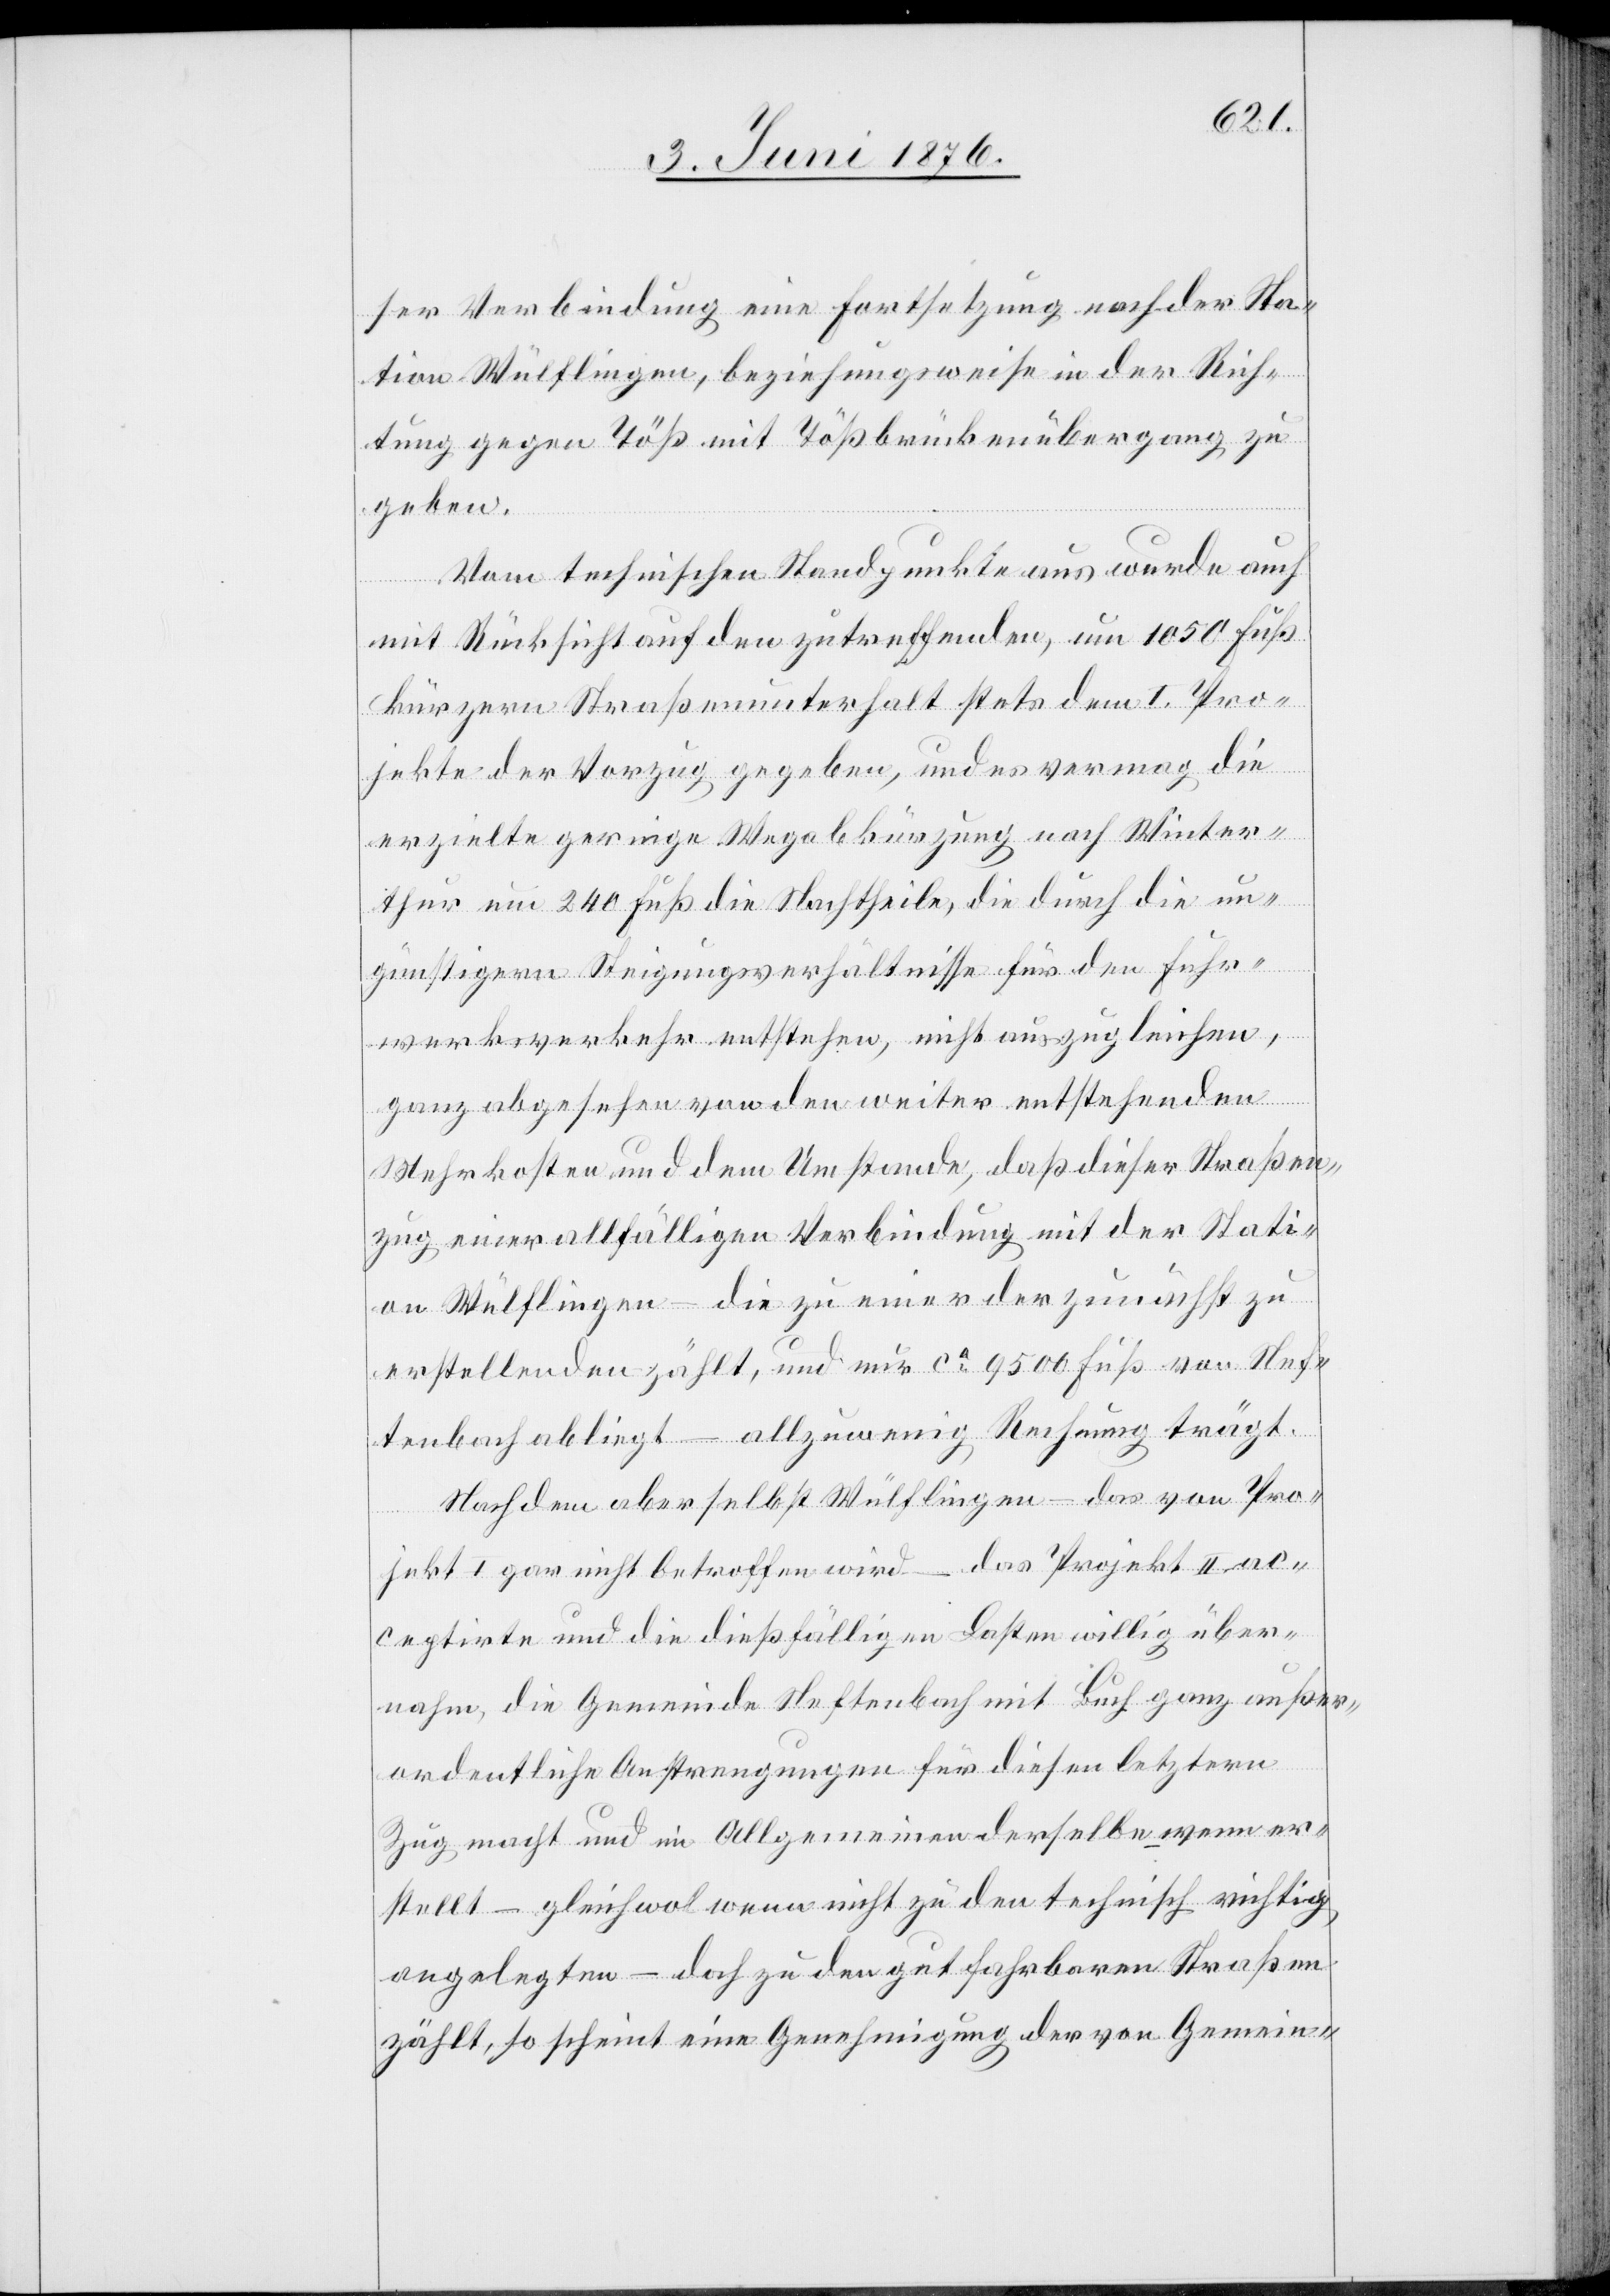
ser Verbindung eine Fortsetzung nach der Sta¬
tion Wülflingen, beziehungsweise in der Rich¬
tung gegen Töß mit Tößbrückenübergang zu
geben.
Vom technischen Standpunkte aus wurde auch
mit Rücksicht auf den zutreffenden, um 1050 Fuß
kürzern Straßenunterhalt stets dem I. Pro¬
jekte der Vorzug gegeben, und es vermag die
erzielte geringe Wegabkürzung nach Winter¬
thur um 240 Fuß die Nachtheile, die durch die un¬
günstigern Steigungsverhältnisse für den Fuhr¬
werksverkehr entstehen, nicht auszugleichen,
ganz abgesehen von den weiter entstehenden
Wehrkosten und dem Umstande, das dieser Straßen¬
zug einer allfälligen Verbindung mit der Stati¬
on Wülflingen – die zu einer der zunächst zu
erstellenden zählt, und nur ca 9500 Fuß von Nef¬
tenbach abliegt – allzuwenig Rechnung trägt.
Nachdem aber selbst Wülflingen – das von Pro¬
jekt I gar nicht betroffen wird – das Projekt II ac¬
ceptirte und die dießfälligen Kosten willig über¬
nahm, die Gemeinde Neftenbach mit Buch ganz außer¬
ordentliche Anstrengungen für diesen letztern
Zug macht und im Allgemeinen derselbe wenn er¬
stellt – gleichwol wenn nicht zu den technisch richtig
angelegten – doch zu den gut fahrbaren Straßen
zählt, so scheint eine Genehmigung der von Gemein-